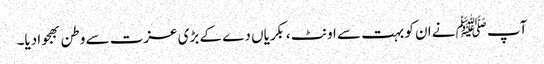
آپ ﷺنے ان کو بہت سے اونٹ ،بکریاں دے کے بڑی عزت سے وطن بھجوادیا۔